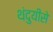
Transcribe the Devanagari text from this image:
थंदुयीसे